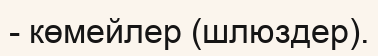
- көмейлер (шлюздер).